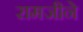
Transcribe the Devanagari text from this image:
रामजीने